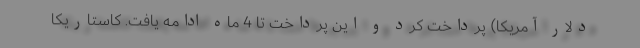
دلار آمریکا) پرداخت کرد و این پرداخت تا 4 ماه ادامه یافت. کاستاریکا